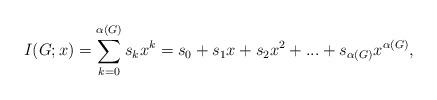
LaTeX: \begin{align*} I(G;x) = \sum_{k=0}^{\alpha(G)}{s_k}x^{k}={s_0}+{s_1}x+{s_2}x^{2}+...+{s_{\alpha(G)}}x^{\alpha(G)}, \end{align*}